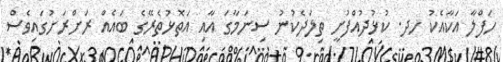
ހަފްލާ އަކާއެކު ހދ. ކުޅުދުއްފުށީ ތިލަދެކުނު ސިނަމާގަ އާއި އަތޮޅުތެރޭގެ ބައެއް ރަށްރަށުގައިވެސް